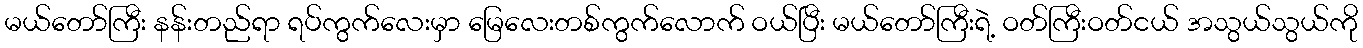
မယ်တော်ကြီး နန်းတည်ရာ ရပ်ကွက်လေးမှာ မြေလေးတစ်ကွက်လောက် ဝယ်ပြီး မယ်တော်ကြီးရဲ့ ဝတ်ကြီးဝတ်ငယ် အသွယ်သွယ်ကို